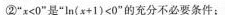
②”$$x < 0$$”是”$$l n ( x + 1 ) < 0$$”的充分不必要条件；